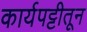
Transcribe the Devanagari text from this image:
कार्यपट्टीतून